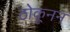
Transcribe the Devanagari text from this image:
ठोकूनन